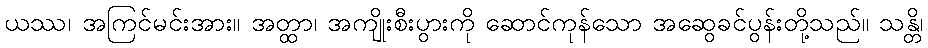
ယဿ၊ အကြင်မင်းအား။ အတ္ထာ၊ အကျိုးစီးပွားကို ဆောင်ကုန်သော အဆွေခင်ပွန်းတို့သည်။ သန္တိ၊